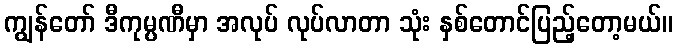
ကျွန်တော် ဒီကုမ္ပဏီမှာ အလုပ် လုပ်လာတာ သုံး နှစ်တောင်ပြည့်တော့မယ်။